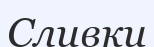
Сливки